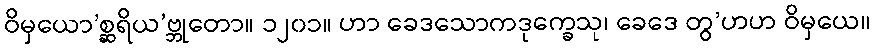
ဝိမှယော’စ္ဆရိယ’ဗ္ဘုတော။ ၁၂၀၁။ ဟာ ခေဒသောကဒုက္ခေသု၊ ခေဒေ တွ’ဟဟ ဝိမှယေ။